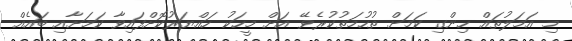
މި އަމަލުތައް ހިންގި ކަމަށް ތުހުމަތުކުރެވޭ އަށް މީހަކު ހައްޔަރުކޮށްފައިވާ ކަމަށާއި ބައެއް